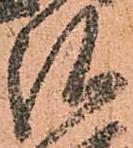
弘